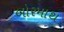
બોરમાથ